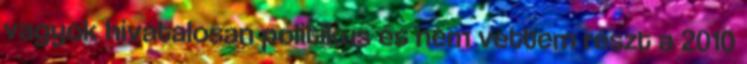
vagyok hivatalosan politikus és nem vettem részt a 2010